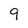
Character: 9